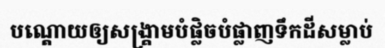
បណ្តោយឲ្យសង្គ្រាមបំផ្លិចបំផ្លាញទឹកដីសម្លាប់